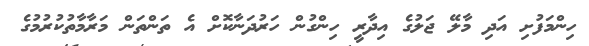
ހިންމަފުށި އަދި މާލޭ ޖަލުގެ އިދާރީ ހިންގުން ހަރުދަނާކޮށް އެ ތަންތަން މަރާމާތުކުރުމުގެ